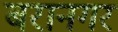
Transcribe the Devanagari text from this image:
बरानगर